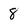
Character: 8